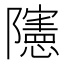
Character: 䧮